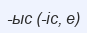
-ыс (-іс, е)